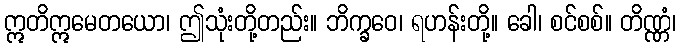
ဣတိဣမေတယော၊ ဤသုံးတို့တည်း။ ဘိက္ခဝေ၊ ရဟန်းတို့။ ခေါ၊ စင်စစ်။ တိဏ္ဏံ၊